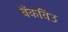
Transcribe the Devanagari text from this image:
बैंकविउ